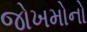
જોખમોનો